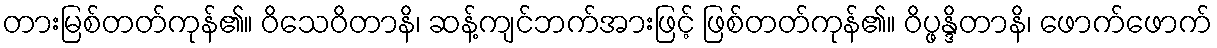
တားမြစ်တတ်ကုန်၏။ ဝိသေဝိတာနိ၊ ဆန့်ကျင်ဘက်အားဖြင့် ဖြစ်တတ်ကုန်၏။ ဝိပ္ဖန္ဒိတာနိ၊ ဖောက်ဖောက်